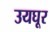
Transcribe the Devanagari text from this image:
उयघूर